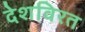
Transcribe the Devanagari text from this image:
देशविरत